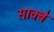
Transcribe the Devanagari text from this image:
साक्बे